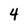
Character: 4